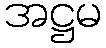
အဋ္ဌမ